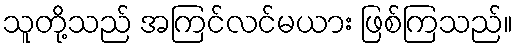
သူတို့သည် အကြင်လင်မယား ဖြစ်ကြသည်။